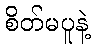
စိတ်မပူနဲ့